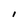
Character: i